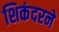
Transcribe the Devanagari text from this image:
शिकंदरने